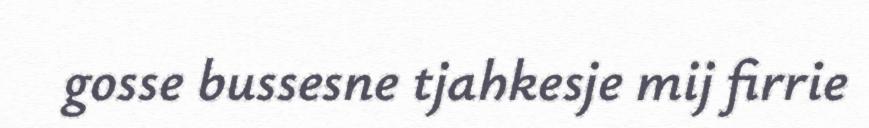
gosse bussesne tjahkesje mij firrie